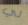
لي